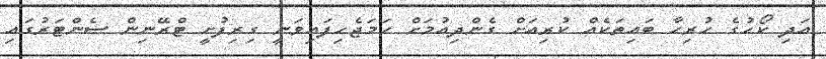
އަދި ކޯހުގެ ހުރިހާ ބައިތަކެއް ކުރިއަށް ގެންދިއުމަށް ހަމަޖެހިފައިވަނީ ގިރިފުށީ ޓްރޭނިން ސެންޓަރުގައި